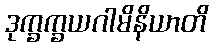
ဒုက္ခက္ခယဂါမိနိယာတိ